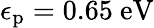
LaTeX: \epsilon_{\mathrm{p}}=0.65\mathrm{~}\mathrm{eV}